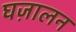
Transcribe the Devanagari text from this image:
घज़ालन